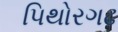
પિથોરગઢ